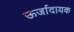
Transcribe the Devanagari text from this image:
ऊर्जादायक